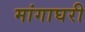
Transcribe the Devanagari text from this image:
मांगाघरी